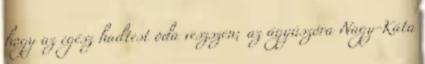
hogy az egész hadtest oda veszszen; az ágyúszóra Nagy-Káta